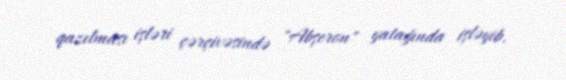
qazılması işləri çərçivəsində "Abşeron" yatağında işləyib.